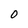
Character: O